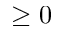
\geq 0